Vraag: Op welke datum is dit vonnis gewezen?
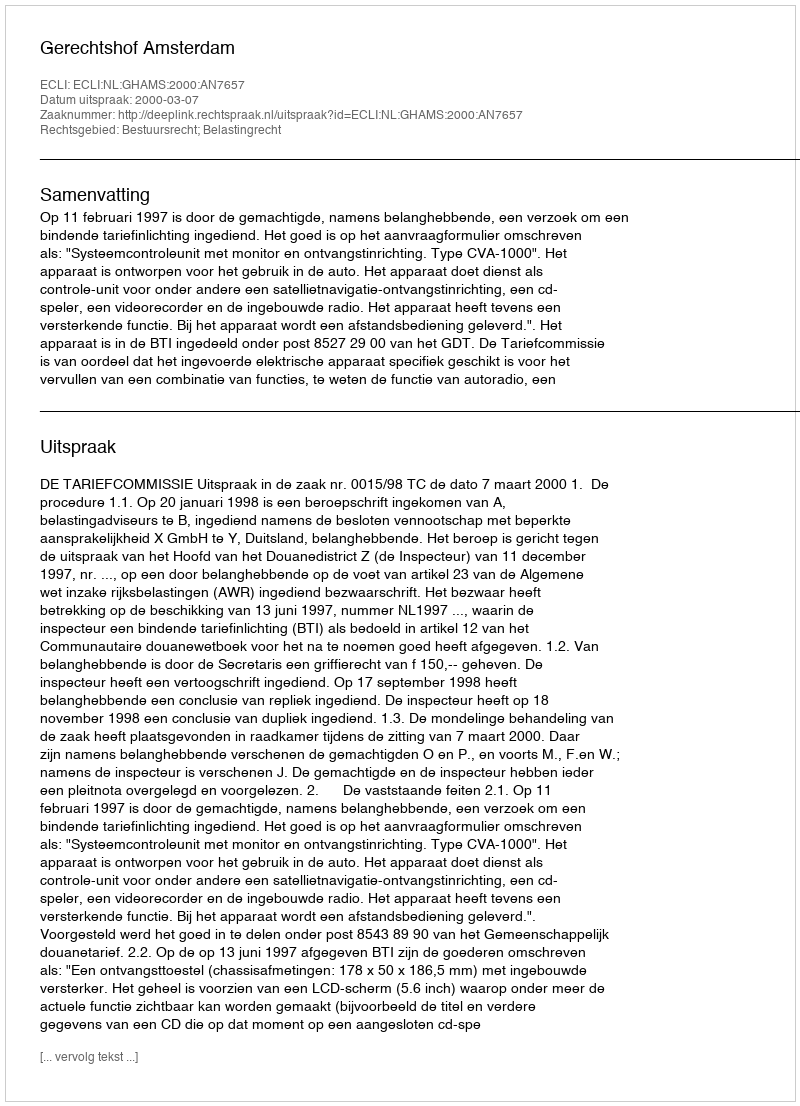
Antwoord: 2000-03-07